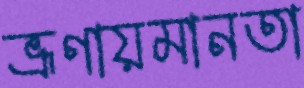
ভ্রূণায়মানতা